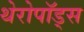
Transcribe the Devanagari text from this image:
थेरोपॉड्स